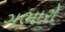
ગભારો